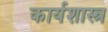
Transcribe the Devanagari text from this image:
कार्यशास्त्र